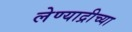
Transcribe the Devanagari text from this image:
लेण्याद्रीच्या